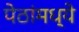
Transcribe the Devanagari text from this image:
पेठांमध्ये